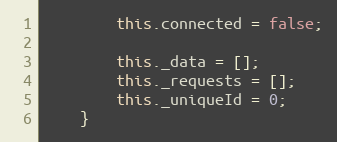
Language: JavaScript
        this.connected = false;

        this._data = [];
        this._requests = [];
        this._uniqueId = 0;
    }